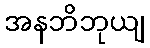
အနဘိဘုယျ